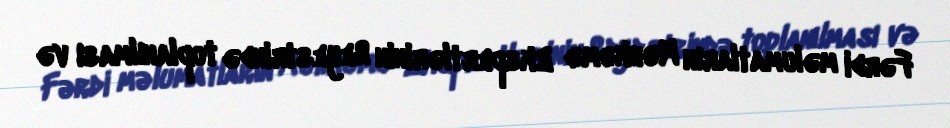
Fərdi məlumatların Məhkəmə Ekspertlərinin Reyestrində toplanılması və